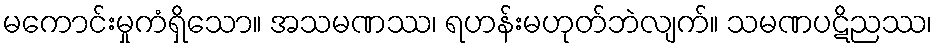
မကောင်းမှုကံရှိသော။ အသမဏဿ၊ ရဟန်းမဟုတ်ဘဲလျက်။ သမဏပဋိညဿ၊